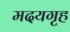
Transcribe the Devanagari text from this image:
मदयगृह